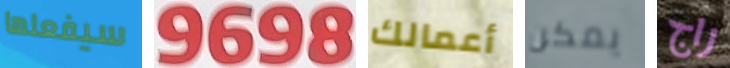
سيفعلها 9698 أعمالك يمكن راج